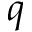
q